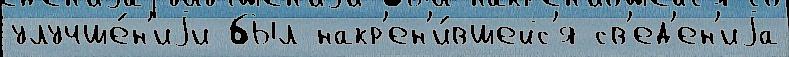
улучше́н'иjи был накр'ен'и́вшейс'я св'ед'ен'иjа